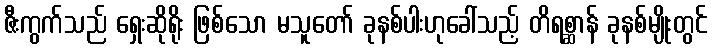
ဇီးကွက်သည် ရှေးဆိုရိုး ဖြစ်သော မသူတော် ခုနစ်ပါးဟုခေါ်သည့် တိရစ္ဆာန် ခုနစ်မျိုးတွင်